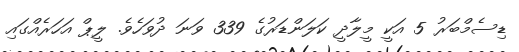
ޑިސެމްބަރު 5 އަކީ މީލާދީ ކަލަންޑަރުގެ 339 ވަނަ ދުވަހެވެ. ލީޕް އަހަރެއްގައި